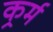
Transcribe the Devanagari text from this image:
कर्र्म